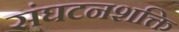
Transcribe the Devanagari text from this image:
संघटनशक्ति